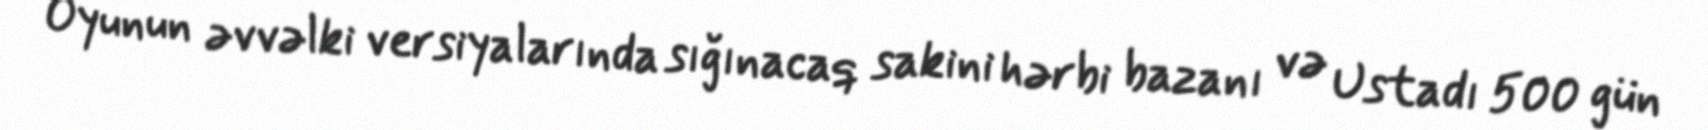
Oyunun əvvəlki versiyalarında sığınacaq sakini hərbi bazanı və Ustadı 500 gün